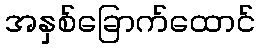
အနှစ်ခြောက်ထောင်